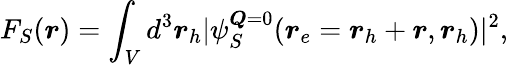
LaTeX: F_{S}(\boldsymbol{r})=\int_{V}d^{3}\boldsymbol{r}_{h}|\psi_{S}^{\boldsymbol{Q}=0}(\boldsymbol{r}_{e}=\boldsymbol{r}_{h}+\boldsymbol{r},\boldsymbol{r}_{h})|^{2},